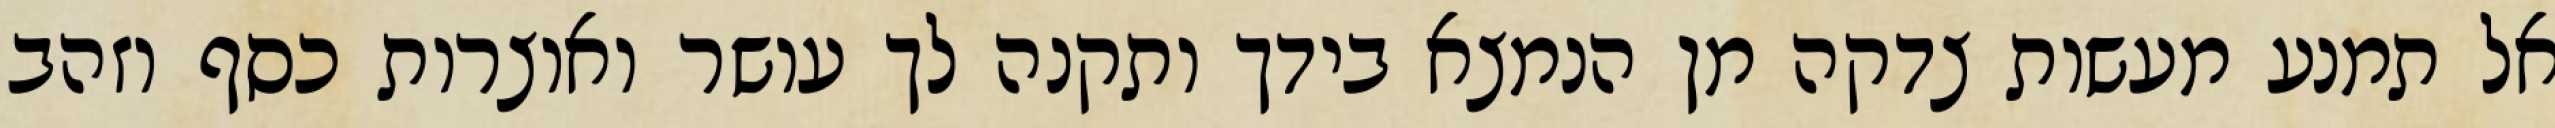
אל תמנע מעשות צדקה מן הנמצא בידך ותקנה לך עושר ואוצרות כסף וזהב